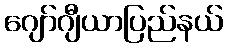
ဂျော်ဂျီယာပြည်နယ်